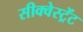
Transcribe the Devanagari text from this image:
सीक्वेस्ट्रेंट